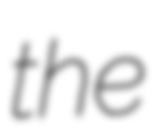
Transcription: the